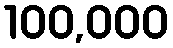
100,000